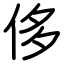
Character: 侈